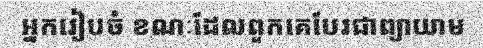
អ្នករៀបចំ ខណៈដែលពួកគេបែរជាព្យាយាម